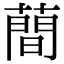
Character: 蕳